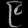
Digit: ၉